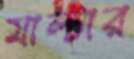
মাল্টার